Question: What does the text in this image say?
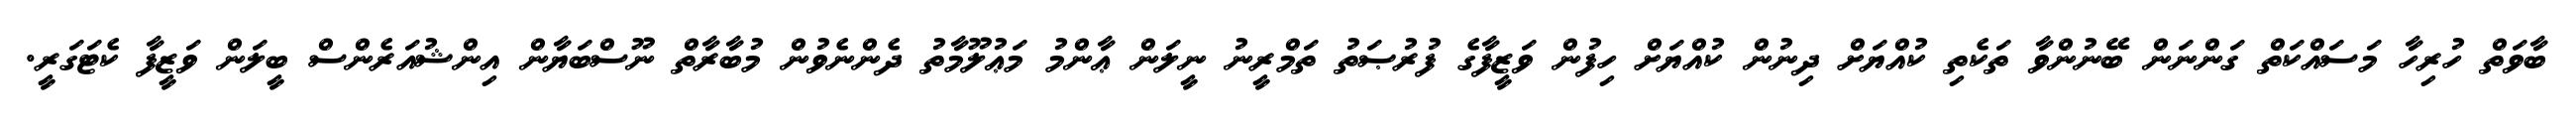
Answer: ބާވަތް ހުރިހާ މަސައްކަތް ގަންނަން ބޭނުންވާ ތަކެތި ކުއްޔަށް ދިނުން ކުއްޔަށް ހިފުން ވަޒީފާގެ ފުރުޞަތު ތަމްރީނު ނީލަން ޢާންމު މަޢުލޫމާތު ދެންނެވުން މުބާރާތް ނޫސްބަޔާން އިންޝުއަރެންސް ބީލަން ވަޒީފާ ކެޓަގަރީ.